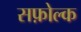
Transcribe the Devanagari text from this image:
सफ़ोल्क